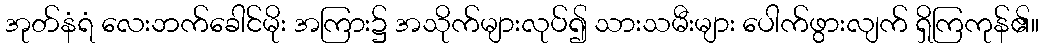
အုတ်နံရံ လေးဘက်ခေါင်မိုး အကြား၌ အသိုက်များလုပ်၍ သားသမီးများ ပေါက်ဖွားလျက် ရှိကြကုန်၏။